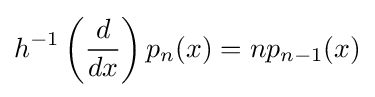
h^{-1}\left({d \over dx}\right)p_{n}(x)=np_{n-1}(x)